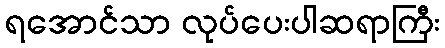
ရအောင်သာ လုပ်ပေးပါဆရာကြီး